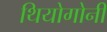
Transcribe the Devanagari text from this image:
थियोगोनी